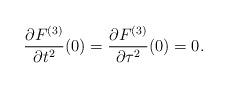
LaTeX: \begin{align*} \frac{\partial F^{(3)}}{\partial t^2}(0)=\frac{\partial F^{(3)}}{\partial \tau^2}(0)=0.\end{align*}